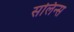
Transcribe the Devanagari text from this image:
सलिन्स